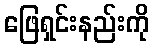
ဖြေရှင်းနည်းကို